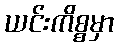
ယင်းကိစ္စမှာ